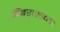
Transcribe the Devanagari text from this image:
बिंबराजाच्या